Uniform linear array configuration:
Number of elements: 8
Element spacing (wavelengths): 0.5
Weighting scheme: blackman
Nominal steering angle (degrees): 30
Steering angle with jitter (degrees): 30.064
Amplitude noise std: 0.05
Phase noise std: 0.05

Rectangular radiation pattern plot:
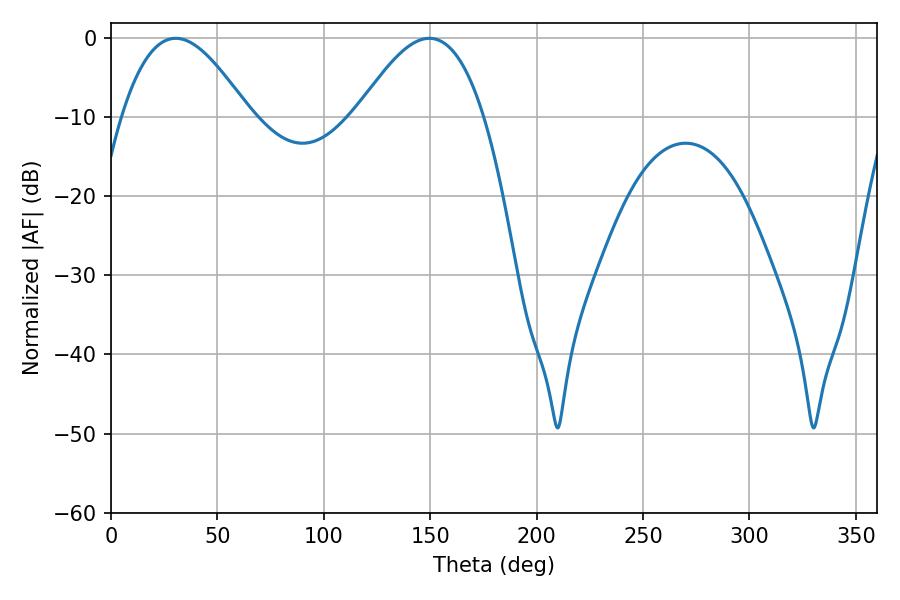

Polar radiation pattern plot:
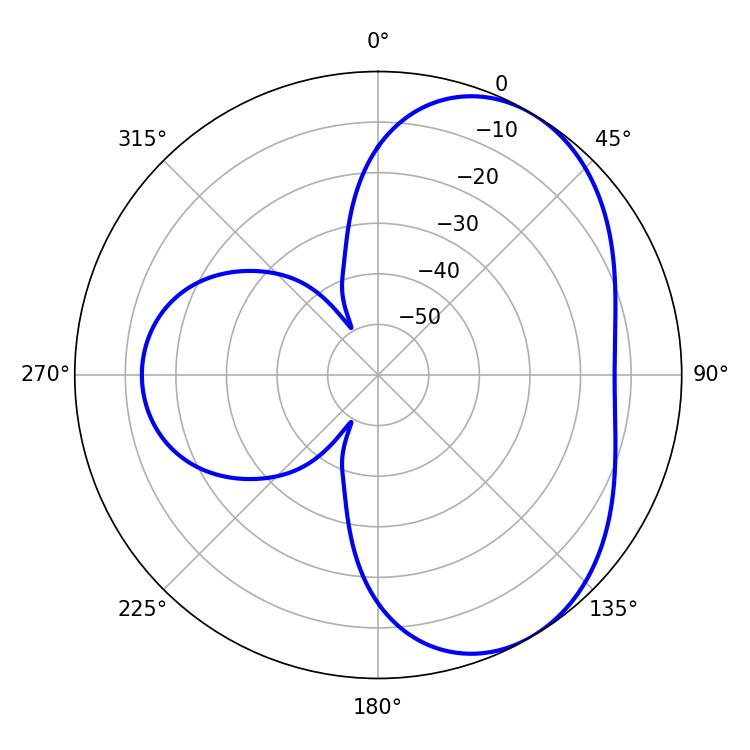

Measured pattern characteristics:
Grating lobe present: FALSE
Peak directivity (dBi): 4.795
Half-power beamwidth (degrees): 32.4
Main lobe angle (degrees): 30.42